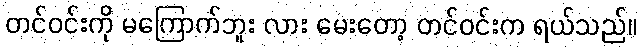
တင်ဝင်းကို မကြောက်ဘူး လား မေးတော့ တင်ဝင်းက ရယ်သည်။